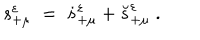
s _ { + \mu } ^ { \varepsilon } \; = \; \dot { s } _ { + \mu } ^ { \varepsilon } + \breve { s } _ { + \mu } ^ { \varepsilon } \; .